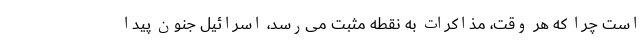
است چرا که هر وقت، مذاکرات به نقطه مثبت می‌رسد، اسرائیل جنون پیدا